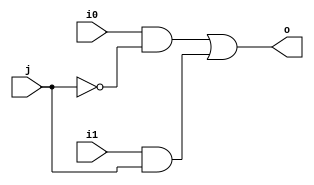
module mux2 (input wire i0, i1, j, output wire o);  

wire w1, w2, w3, w4;
not g1(w1, j);
and g2(w2, i0, w1);
and g3(w3, i1, j);
or g4(w4, w2, w3);
assign o = w4;

endmodule